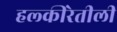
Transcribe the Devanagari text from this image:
हल्‍कीरेतीली